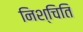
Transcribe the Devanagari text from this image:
निश्चिति